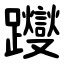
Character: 躞